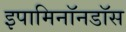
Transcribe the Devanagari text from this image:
इपामिनॉनडॉस